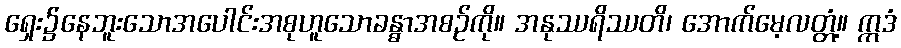
ရှေး၌နေဘူးသောအပေါင်းအစုဟူသောခန္ဓာအစဉ်ကို။ အနုဿရိဿတိ၊ အောက်မေ့လတ္တံ့။ ဣဒံ